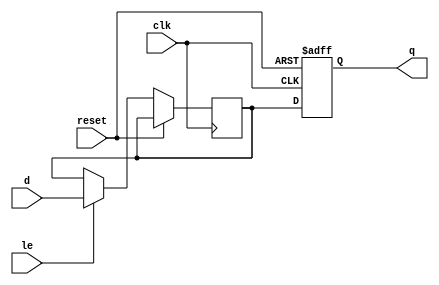
module sequential_logic_block (
    input wire clk,
    input wire reset,
    input wire d,
    input wire le,
    output reg q
);

reg temp;

always @(posedge clk or posedge reset) begin
    if (reset) begin
        q <= 1'b0;
    end else begin
        if (le) begin
            temp <= d;
        end
        q <= temp;
    end
end

endmodule